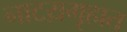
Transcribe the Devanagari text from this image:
नाटय़गृहात